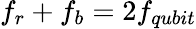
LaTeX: f_{r}+f_{b}=2f_{qubit}